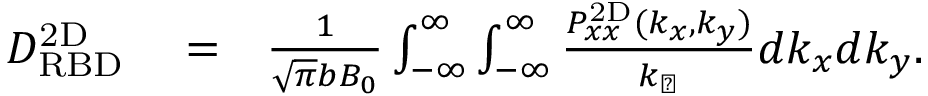
\begin{array} { r l r } { D _ { \mathrm { R B D } } ^ { \mathrm { 2 D } } } & { { } = } & { \frac { 1 } { \sqrt { \pi } b B _ { 0 } } \int _ { - \infty } ^ { \infty } \int _ { - \infty } ^ { \infty } \frac { P _ { x x } ^ { \mathrm { 2 D } } ( k _ { x } , k _ { y } ) } { k _ { \perp } } d k _ { x } d k _ { y } . } \end{array}